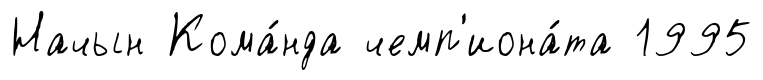
Начын Кома́нда чемп'иона́та 1995